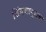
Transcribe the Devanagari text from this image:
शिंगणापुराचा